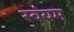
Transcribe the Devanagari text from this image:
स्‍वंयम